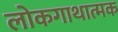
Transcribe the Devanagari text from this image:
लोकगाथात्मक